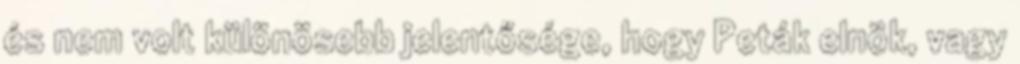
és nem volt különö­sebb je­lentősége, hogy Peták elnök, vagy